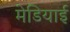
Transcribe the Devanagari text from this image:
मेडियाई